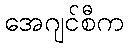
အေဂျင်စီက